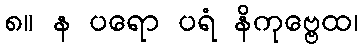
၈။ န ပရော ပရံ နိကုဗ္ဗေထ၊